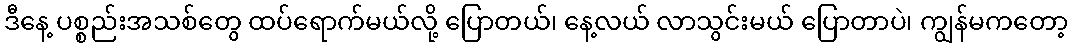
ဒီနေ့ ပစ္စည်းအသစ်တွေ ထပ်ရောက်မယ်လို့ ပြောတယ်၊ နေ့လယ် လာသွင်းမယ် ပြောတာပဲ၊ ကျွန်မကတော့